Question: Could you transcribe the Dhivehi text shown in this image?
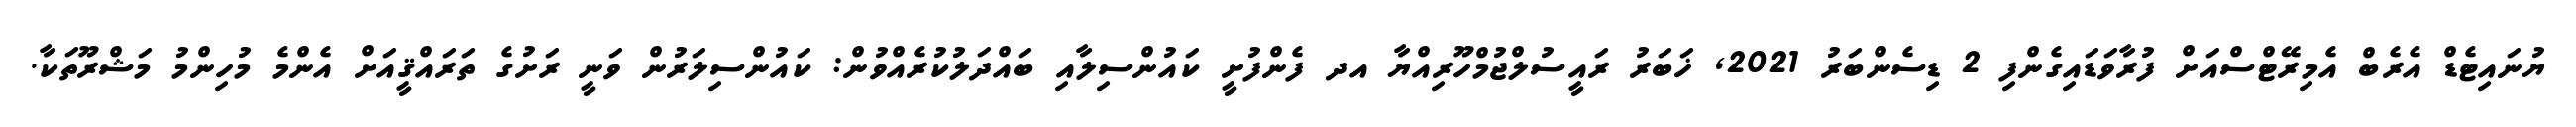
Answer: ޔުނައިޓެޑް އެރެބް އެމިރޭޓްސްއަށް ފުރާވަޑައިގެންފި 2 ޑިސެންބަރު 2021, ޚަބަރު ރައީސުލްޖުމްހޫރިއްޔާ އދ ފެންފުށީ ކައުންސިލާއި ބައްދަލުކުރެއްވުން: ކައުންސިލަރުން ވަނީ ރަށުގެ ތަރައްޤީއަށް އެންމެ މުހިންމު މަޝްރޫތަކާ.